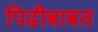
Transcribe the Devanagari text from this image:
पिढीबाबत